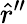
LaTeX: \hat{r}^{\prime\prime}